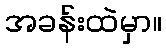
အခန်းထဲမှာ။